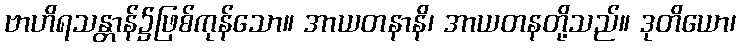
ဗာဟိရသန္တာန်၌ဖြစ်ကုန်သော။ အာယတနာနိ၊ အာယတနတို့သည်။ ဒုတိယော၊